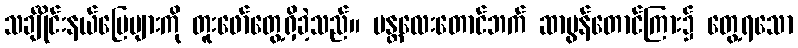
သင်္ချိုင်းနယ်မြေများကို တူးဖော်တွေ့ရှိခဲ့သည်။ မန္တလေးတောင်ဘက် ဆာမွန်တောင်ကြား၌ တွေ့ရသော